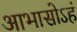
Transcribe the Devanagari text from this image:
आभासोऽहं